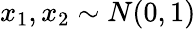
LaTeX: x_{1},x_{2}\sim N(0,1)